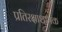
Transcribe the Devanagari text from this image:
प्रतिरक्षाशामक